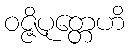
ဝဇ္ဇိပုတ္တေဟိ